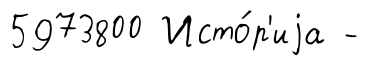
5973800 Исто́р'иjа -